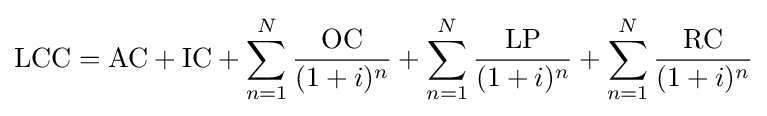
{\text{LCC}}={\text{AC}}+{\text{IC}}+\sum _{n=1}^{N}{\frac {\text{OC}}{(1+i)^{n}}}+\sum _{n=1}^{N}{\frac {\text{LP}}{(1+i)^{n}}}+\sum _{n=1}^{N}{\frac {\text{RC}}{(1+i)^{n}}}